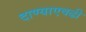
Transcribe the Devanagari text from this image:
दाण्याएवढी